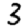
Digit: 3